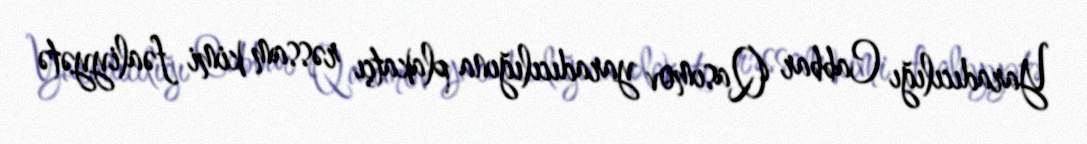
Yaradıcılığı Cabbar Qasımov yaradıcılığına plakatçı rəssam kimi fəaliyyətə